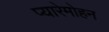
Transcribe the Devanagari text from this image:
प्यारेमोहन